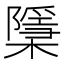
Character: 檃